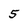
Character: 5